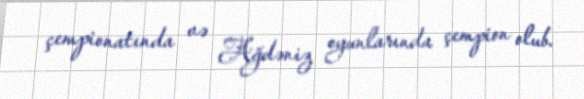
çempionatında və Ağdəniz oyunlarında çempion olub.